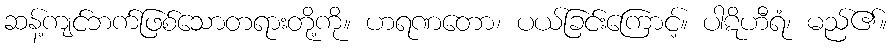
ဆန့်ကျင်ဘက်ဖြစ်သောတရားတို့ကို။ ဟရဏတော၊ ပယ်ခြင်းကြောင့်။ ပါဋိဟီရံ၊ မည်၏။